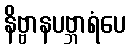
နိဗ္ဗာနပဗ္ဘာရံပေ